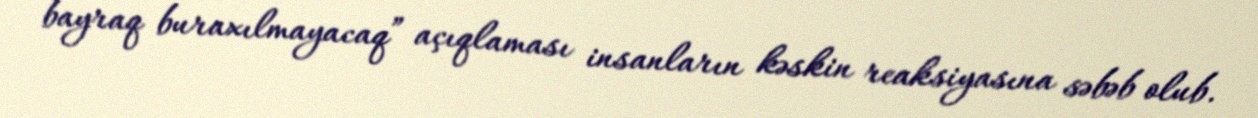
bayraq buraxılmayacaq” açıqlaması insanların kəskin reaksiyasına səbəb olub.